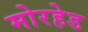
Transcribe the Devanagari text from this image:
मोरहेड